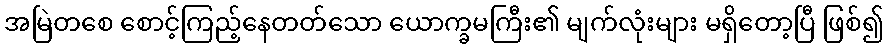
အမြဲတစေ စောင့်ကြည့်နေတတ်သော ယောက္ခမကြီး၏ မျက်လုံးများ မရှိတော့ပြီ ဖြစ်၍